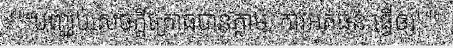
"""បញ្ឈប់សេចក្តីក្រោធបានភ្លាម, ការអត់ធន់ ធ្វើឲ្យ"""